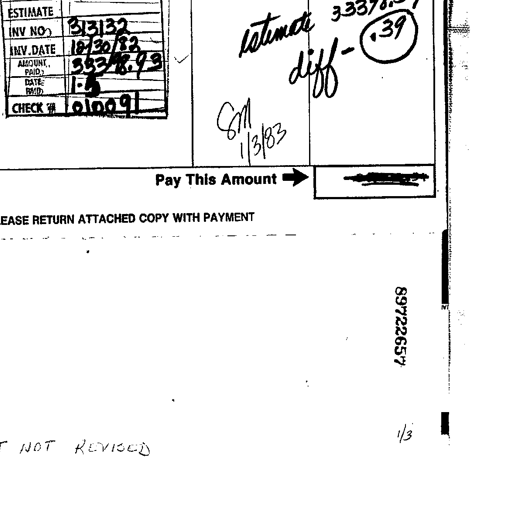
ESTIMATE
INV NO. 313132
INV. DATE 12/30/82
AMOUNT PAID 33378.93
DATE PAID 1-5
CHECK # 010091
estimate 33378.93
diff - .39
SM
1/3/83
Pay This Amount
PLEASE RETURN ATTACHED COPY WITH PAYMENT
89722657
NOT REVISED
1/3